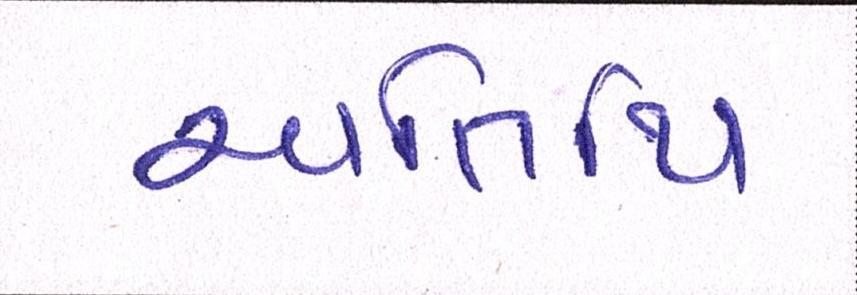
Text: અતિથિ